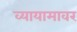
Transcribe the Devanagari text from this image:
व्यायामावर